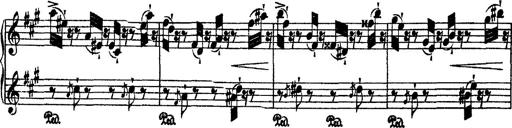
Title: 2 KonzertetÃ¼den
Composer: Franz Liszt